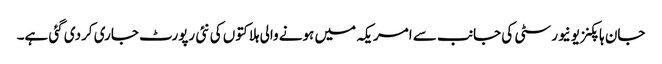
جان ہاپکنز یونیورسٹی کی جانب سے امریکہ میں ہونے والی ہلاکتوں کی نئی رپورٹ جاری کردی گئی ہے۔